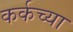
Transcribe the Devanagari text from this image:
कर्कच्या